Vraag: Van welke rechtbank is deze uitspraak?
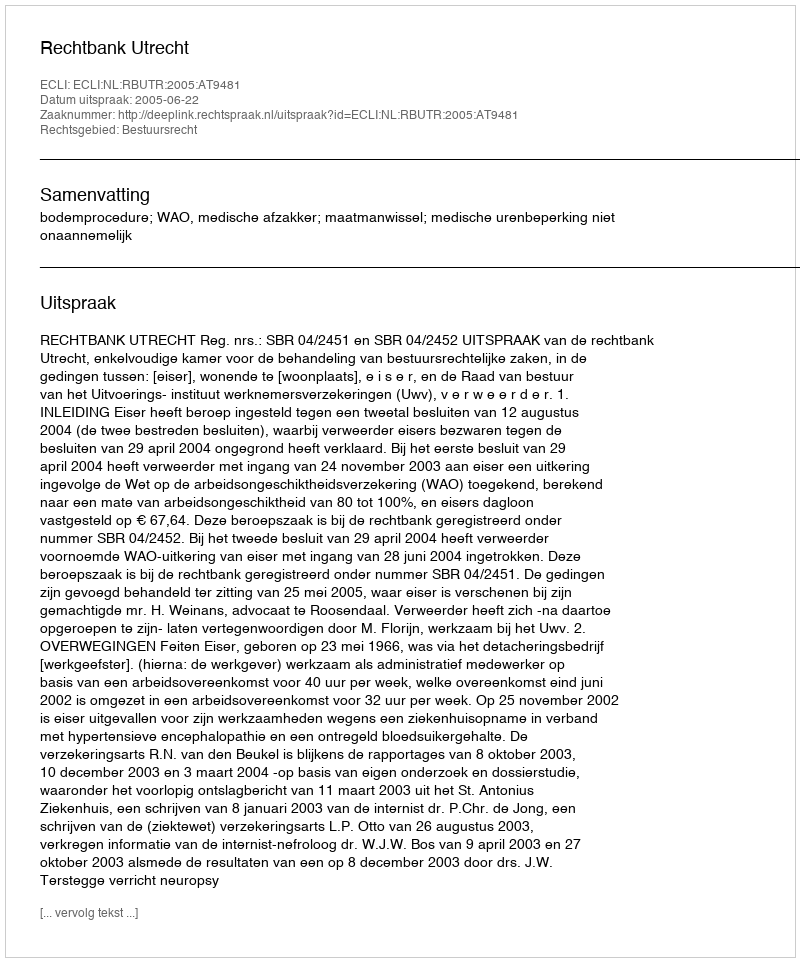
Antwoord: Rechtbank Utrecht